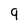
Character: 9